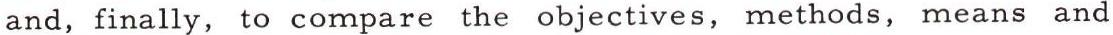
and, finally, to compare the objectives, methods, means and